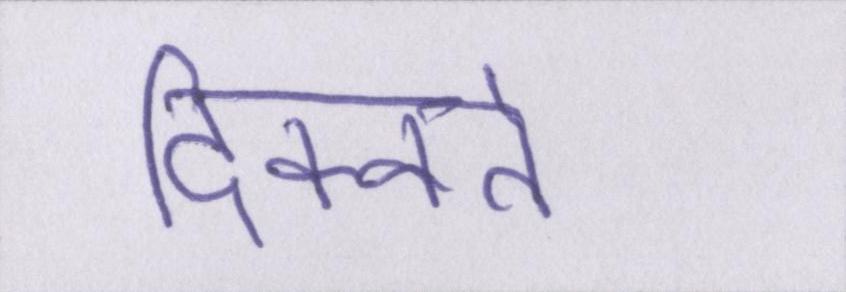
दिक्कतें